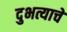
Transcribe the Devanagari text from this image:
दुभत्याचे